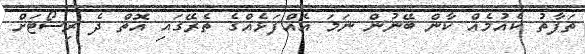
ތަފާތު ކެއުމެއް ކާން ބޭނުން ނަމަ އެއްފަޅެއްގެ ތެރޭގައި އޮތް ދެ ރިސޯޓަށް